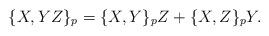
LaTeX: \begin{align*}\{X,YZ\}_p = \{X,Y\}_p Z + \{ X,Z\}_p Y.\end{align*}